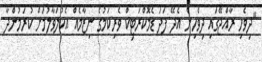
"ދިވެހި ރާއްޖޭގައި ދިވެހިން އެދޭ ފަދަ ޑެމޮކްރަޓިކް ވެރިކަމުގެ ނިޒާމެއް އެކުލަވާލުމަށް ކުރަމުންދާ